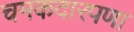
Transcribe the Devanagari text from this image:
चमकदारपणा